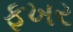
ફખર